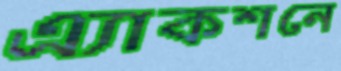
এ্যাকশনে